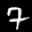
Label: 7